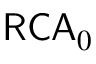
{ \mathsf { R C A } } _ { 0 }